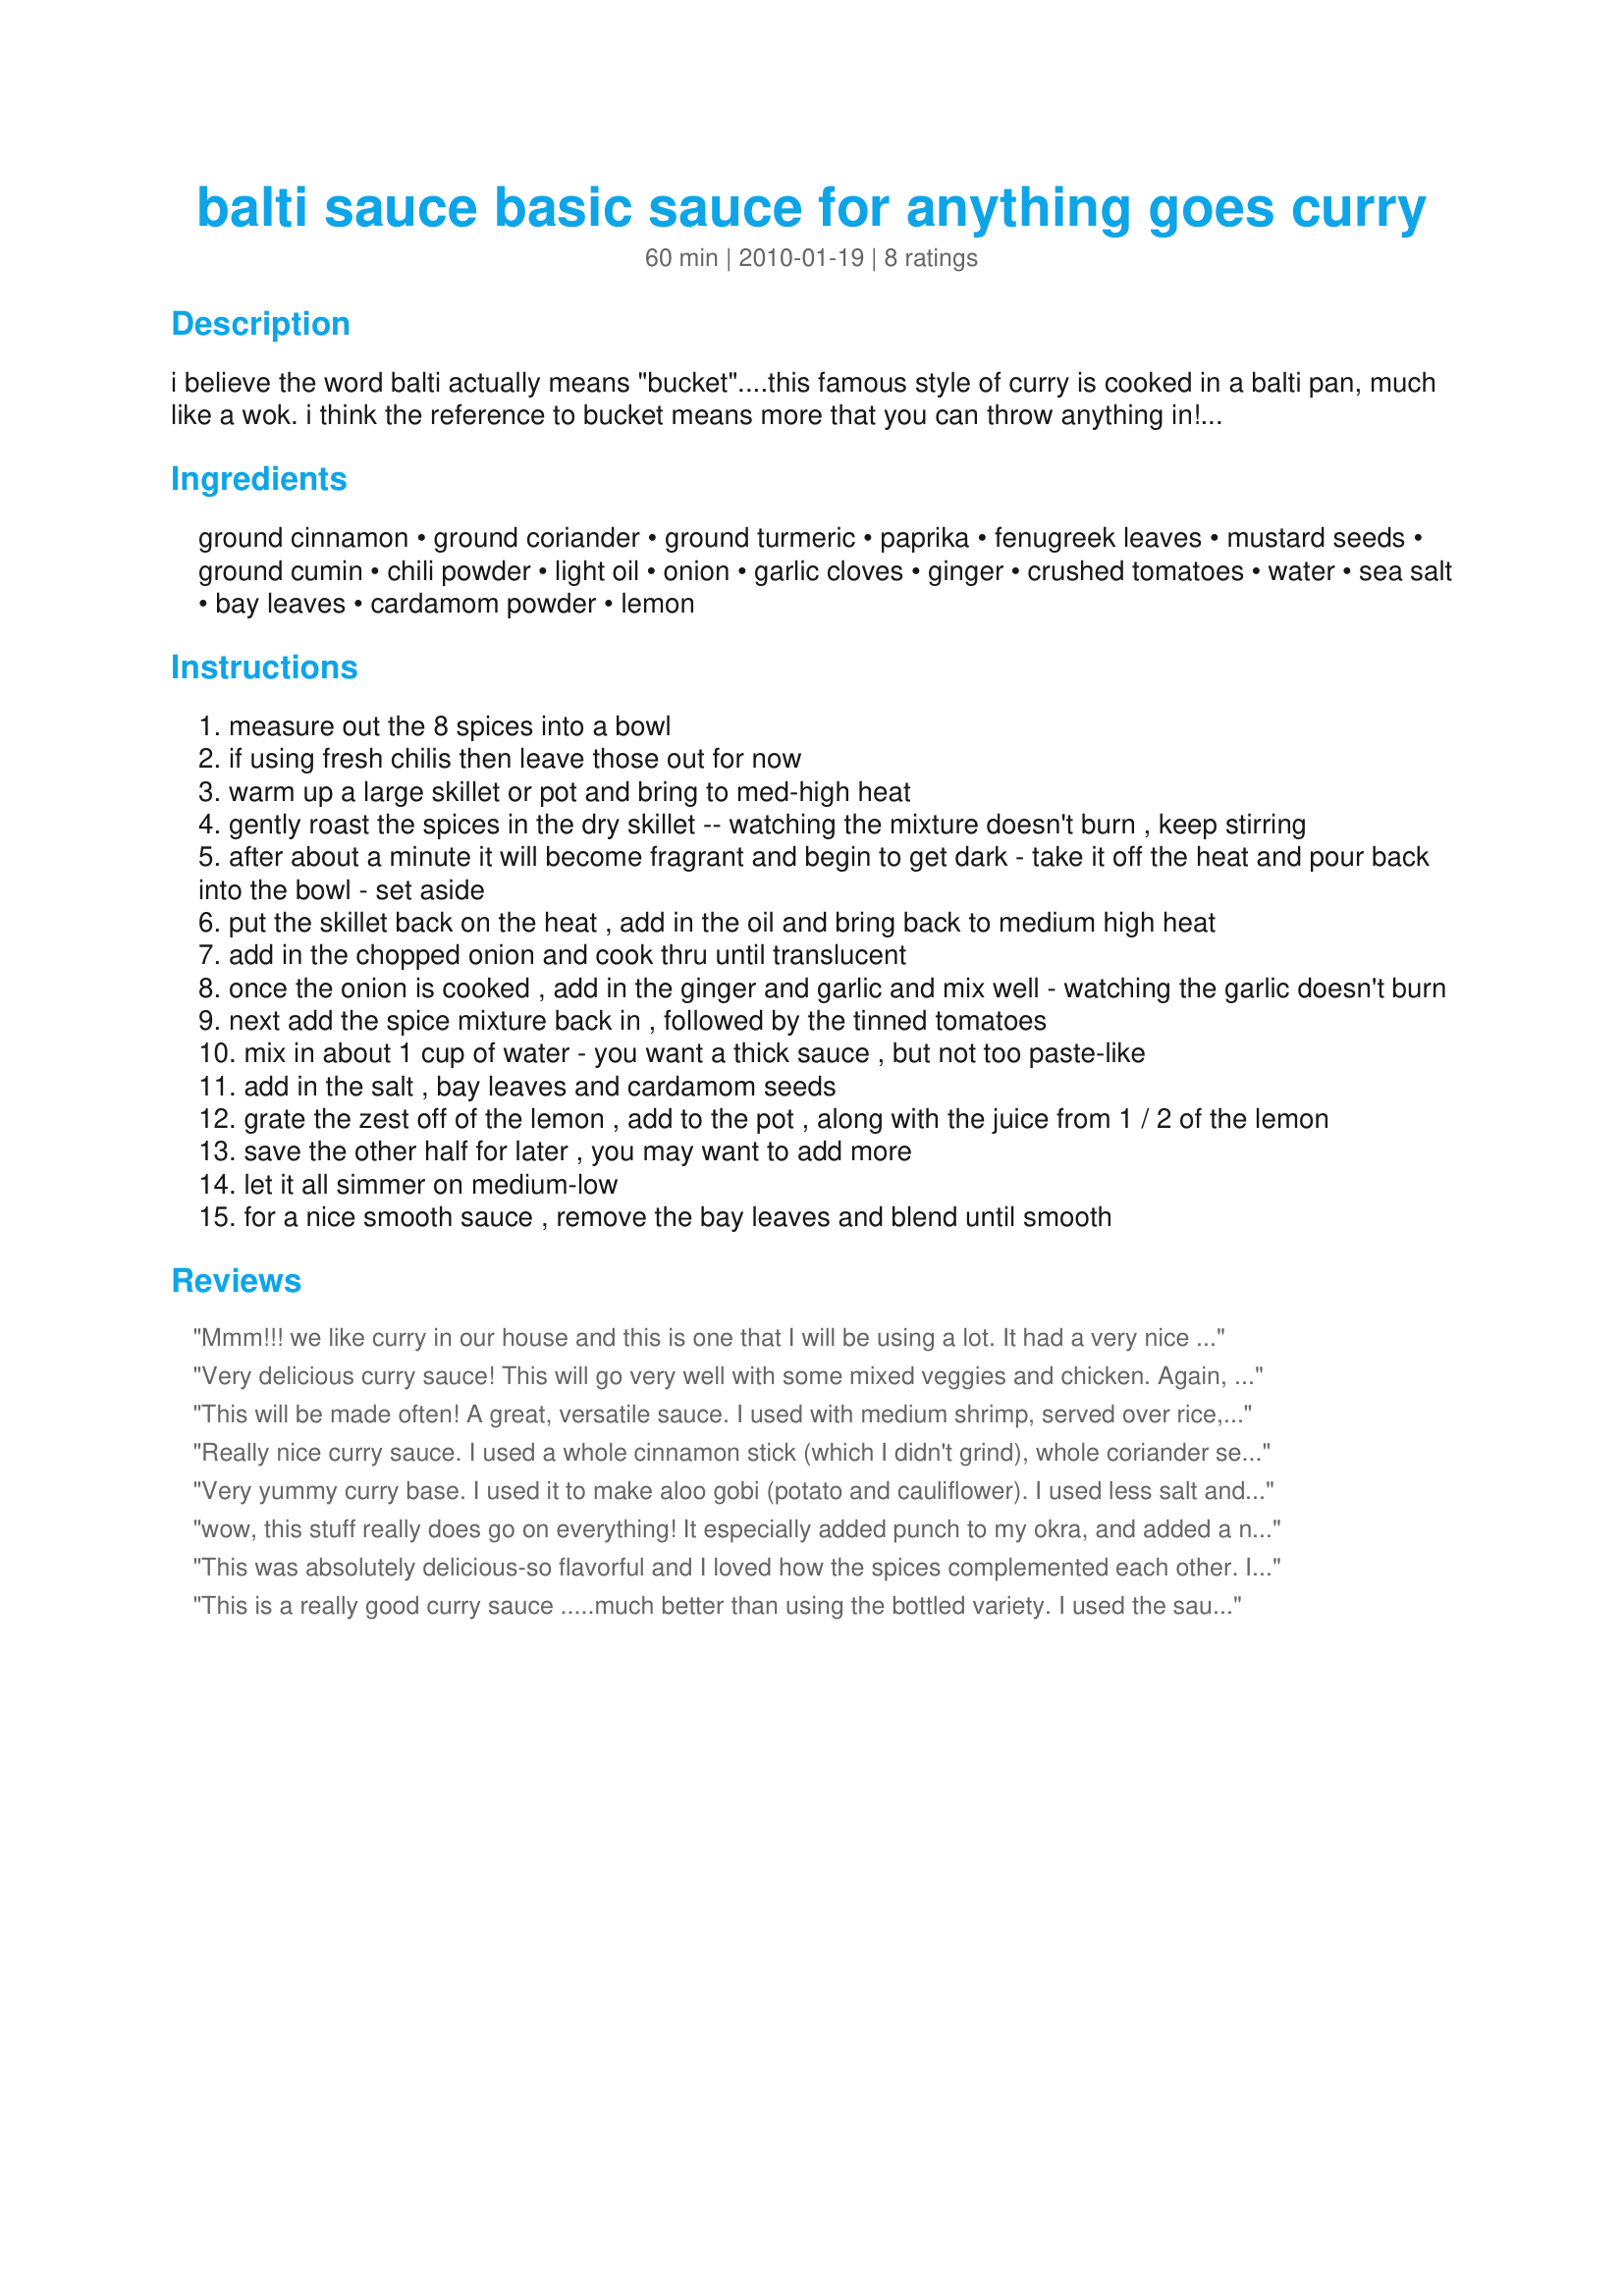
balti sauce basic sauce for anything goes curry
Preparation time: 60 minutes

i believe the word balti actually means "bucket"....this famous style of curry is cooked in a balti pan, much like a wok. i think the reference to bucket means more that you can throw anything in! i fell in love with balti curries years ago living in birmingham uk - a few blocks from balti central. what sushi bars are to vancouver, balti houses are to birmingham. i know this is a very anglo version of balti sauce, a very mild one at that, but it is quite healthy and light....and not lacking any flavour. it's also fairly quick to prepare compared to some recipes i've tried. you can boost up the heat factor as you wish. i included mainly ready ground spices, but of course you could use whole. if you use whole cardamom seeds or whole coriander i would suggest grinding the spices up after you roast them (otherwise you have a lot of woody bits to deal with). use the sauce to make any kind of veggie curry and serve with naan or roti on the side. this makes 3 cups of sauce - enough for 4 servings. i like to save half the sauce for a different curry later on. (good for a fridge cleaner curry! :) it also improves overnight, as many sauces do. hope you enjoy!

Ingredients:
ground cinnamon, ground coriander, ground turmeric, paprika, fenugreek leaves, mustard seeds, ground cumin, chili powder, light oil, onion, garlic cloves, ginger, crushed tomatoes, water, sea salt, bay leaves, cardamom powder, lemon

Steps:
measure out the 8 spices into a bowl
if using fresh chilis then leave those out for now
warm up a large skillet or pot and bring to med-high heat
gently roast the spices in the dry skillet -- watching the mixture doesn't burn , keep stirring
after about a minute it will become fragrant and begin to get dark - take it off the heat and pour back into the bowl - set aside
put the skillet back on the heat , add in the oil and bring back to medium high heat
add in the chopped onion and cook thru until translucent
once the onion is cooked , add in the ginger and garlic and mix well - watching the garlic doesn't burn
next add the spice mixture back in , followed by the tinned tomatoes
mix in about 1 cup of water - you want a thick sauce , but not too paste-like
add in the salt , bay leaves and cardamom seeds
grate the zest off of the lemon , add to the pot , along with the juice from 1 / 2 of the lemon
save the other half for later , you may want to add more
let it all simmer on medium-low
for a nice smooth sauce , remove the bay leaves and blend until smooth

Reviews:
Mmm!!! we like curry in our house and this is one that I will be using a lot. It had a very nice mix of spices in it but I didn't have fenugreek leaves so I added a wee bit of ground instead. I also added a teaspoon of mango chutney to sweeten it a bit and it was very nice served with king prawns and quinoa rather than rice. Thank you for posting. Made for Honor thy mother May 2011.
Very delicious curry sauce! This will go very well with some mixed veggies and chicken. Again, I must caution anyone with any kind of respiratory problem. USE A MASK WHEN ROASTING THE SPICES AND AVOID BREATHING THE SPICES' AROMA DEEPLY. This will be made frequently, magpie, as I am developing a taste for curry! Thnx for sharing your recipe. Made for a fellow Voracious Vagabond of ZWT 6.
This will be made often! A great, versatile sauce. I used with medium shrimp, served over rice, but would be great with vegies, or chicken. My only regret is that I made just half a recipe, so no leftovers :( Next time I will make the whole batch! Thanks for this keeper.
Really nice curry sauce. I used a whole cinnamon stick (which I didn't grind), whole coriander seeds, whole cumin seeds, whole mustard seeds and the seeds from whole cardamom pods - and I omitted the fenugreek leaves and added whole fennel seeds. I dry roasted the whole spices and ground them in a pestle and mortar. I also added a bit more coriander and cumin due to personal preference. I ended up with a great curry which we really enjoyed. Thanks for sharing.
Very yummy curry base. I used it to make aloo gobi (potato and cauliflower). I used less salt and 1/4 teaspoon of cayenne, and it was at the right spiciness level for us. I am thinking the bay leaves are probably a sub for curry leaves - which I love - so I used those instead. DH thought it was a tiny bit bitter (from the fenugreek?), but I loved it.
wow, this stuff really does go on everything! It especially added punch to my okra, and added a nice touch to the salmon. And call me odd, but when we were running out of salad dressing for our salads, I used this instead. Really flavourful, and nothing was too overwhelming. I found that all the flavours just balanced each other out.
This was absolutely delicious-so flavorful and I loved how the spices complemented each other. I made this recipe with chicken, but it would be great with just veggies/beans, shrimp, beef, lamb or pork. Thanks for a great recipe that I will make again! Made for Best of 2011 Cookbook game.
This is a really good curry sauce .....much better than using the bottled variety. I used the sauce to make a vege curry with potatoes, carrots, peas, onion, red capsicum and cauliflower. Delicious. I think maybe leftovers may need to be thinned a little. Served with some pan cooked chicken and steamed basmati rice. Photo to be posted
